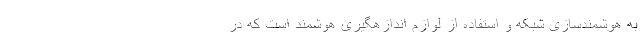
به هوشمندسازی شبکه و استفاده از لوازم اندازهگیری هوشمند است که در